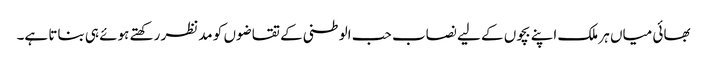
بھائی میاں ہر ملک اپنے بچوں کے لیے نصاب حب الوطنی کے تقاضوں کو مدنظر رکھتے ہوئے ہی بناتا ہے۔